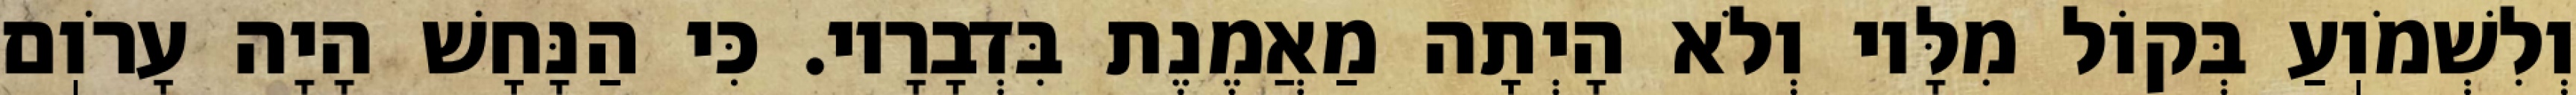
וְלִשְׁמֹוֽעַ בְּקוֹל מִלָּיו וְלֹא הָיְתָה מַאֲמֶנֶת בִּדְבָרָיו. כִּי הַנָּחָשׁ הָיָה עָרֹוֽם